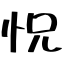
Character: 怳